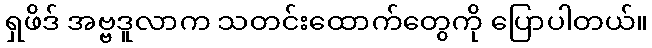
ရှဖိဒ် အဗ္ဗဒူလာက သတင်းထောက်တွေကို ပြောပါတယ်။